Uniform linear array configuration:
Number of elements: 16
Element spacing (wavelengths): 1
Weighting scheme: cosine
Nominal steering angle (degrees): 15
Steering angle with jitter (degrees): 16.797
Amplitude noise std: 0.05
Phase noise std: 0.05

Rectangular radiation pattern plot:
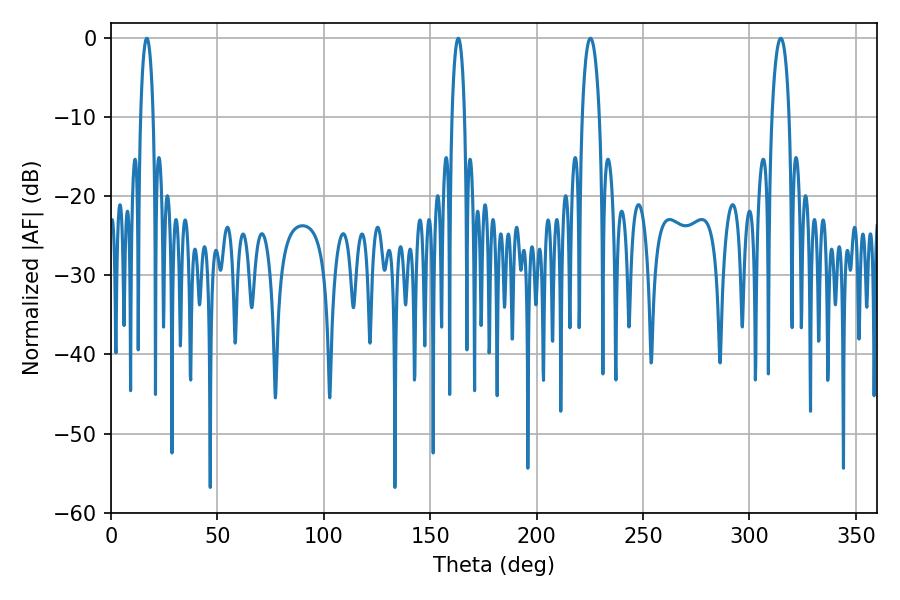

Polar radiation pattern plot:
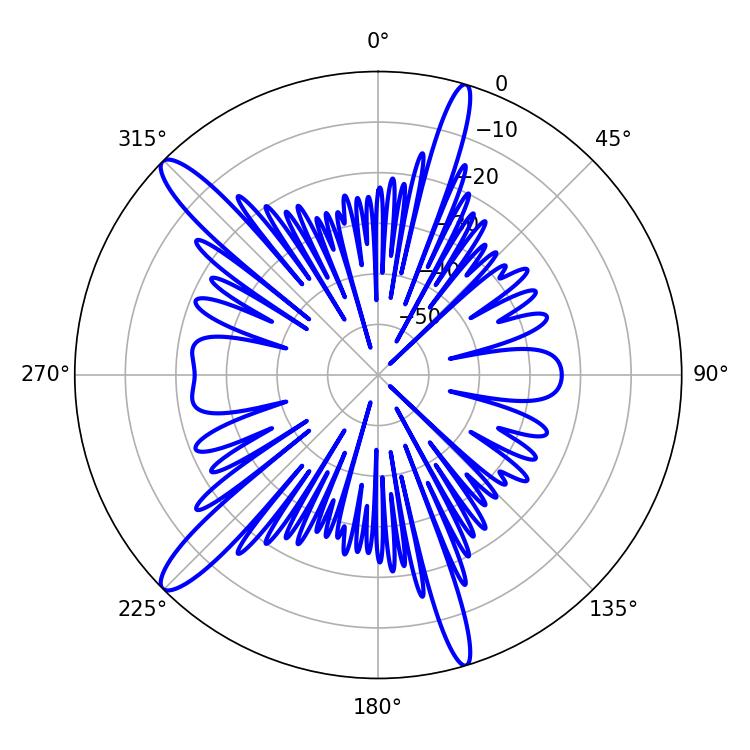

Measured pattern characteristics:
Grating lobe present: TRUE
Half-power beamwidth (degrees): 4.68
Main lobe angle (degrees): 225.36